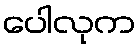
ပေါလုက